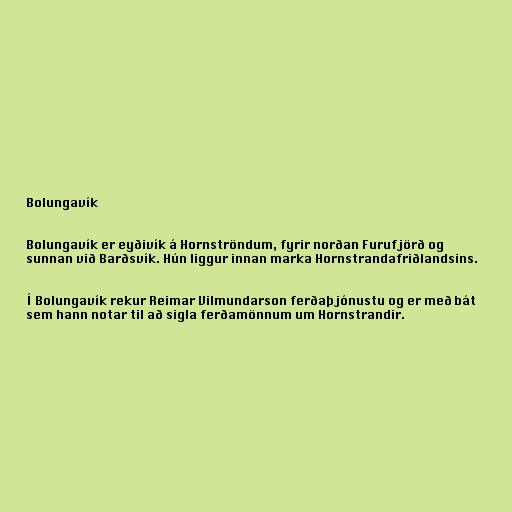
Bolungavík

Bolungavík er eyðivík á Hornströndum, fyrir norðan Furufjörð og
sunnan við Barðsvík. Hún liggur innan marka Hornstrandafriðlandsins.

Í Bolungavík rekur Reimar Vilmundarson ferðaþjónustu og er með bát
sem hann notar til að sigla ferðamönnum um Hornstrandir.